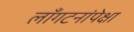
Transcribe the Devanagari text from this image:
लाँगटनांपेक्षा